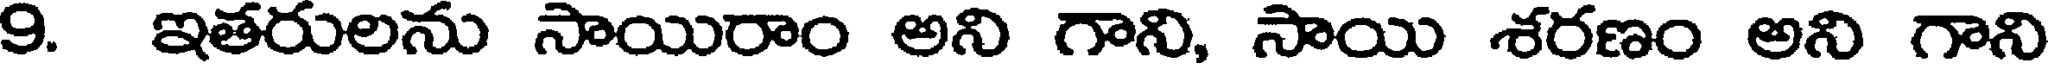
9. ఇతరులను సాయిరాం అని గాని, సాయి శరణం అని గాని